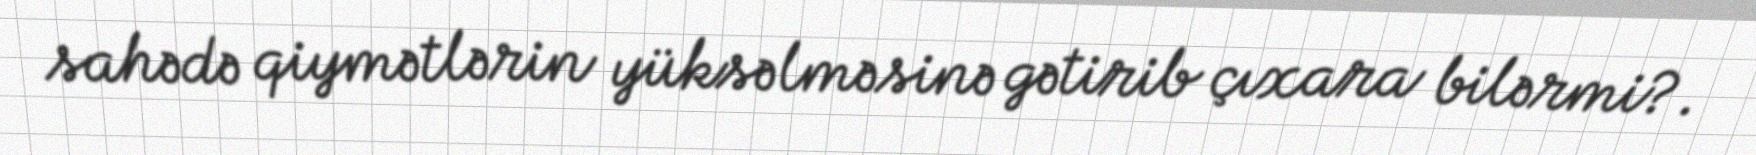
sahədə qiymətlərin yüksəlməsinə gətirib çıxara bilərmi?.